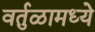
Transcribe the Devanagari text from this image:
वर्तुळामध्ये